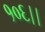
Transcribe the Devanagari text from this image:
१०६।।